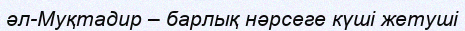
әл-Муқтадир – барлық нәрсеге күші жетуші